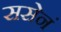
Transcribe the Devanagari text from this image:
ससेनं